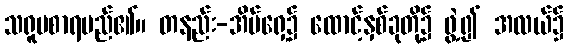
သရူပစာရမည်၏။ တနည်း-အိမ်ရှေ့၌ ထောင့်နှစ်ခုတို့၌ ဖွဲ့၍ အလယ်၌